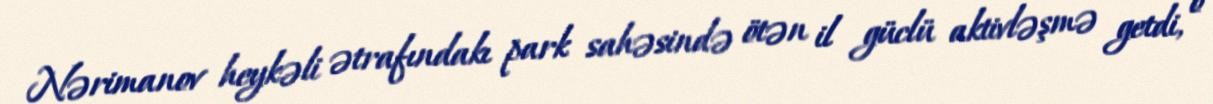
Nərimanov heykəli ətrafındakı park sahəsində ötən il güclü aktivləşmə getdi, o